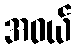
အဝယ်